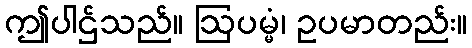
ဤပါဌ်သည်။ ဩပမ္မံ၊ ဥပမာတည်း။